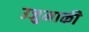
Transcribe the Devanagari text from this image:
उजुमाकी